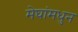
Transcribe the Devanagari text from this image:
मेघांमधुन